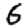
Digit: 6